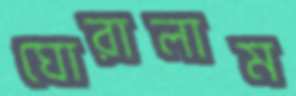
ঘোরালাম